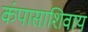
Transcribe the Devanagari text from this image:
कंपासाशिवाय